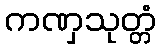
ကဏှသုတ္တံ